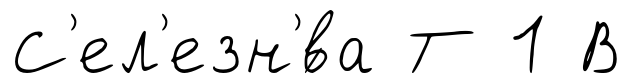
С'ел'езн'́ва Т 1 В